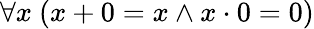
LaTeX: \forall x\ (x+0=x\land x\cdot 0=0)